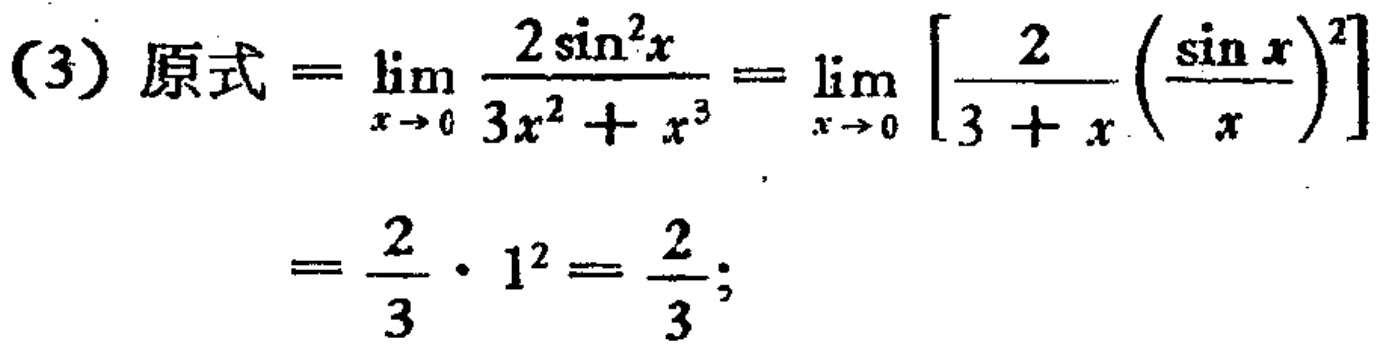
(3) 原式\(=\lim_{x \to 0} \frac{2\sin^{2}x}{3x^{2}+x^{3}}=\lim_{x \to 0} \left[\frac{2}{3 + x}\left(\frac{\sin x}{x}\right)^{2}\right]=\frac{2}{3}\cdot1^{2}=\frac{2}{3};\)